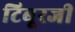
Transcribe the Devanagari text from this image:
टिबूरजी